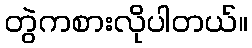
တွဲကစားလိုပါတယ်။